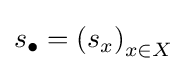
s_{\bullet }=\left(s_{x}\right)_{x\in X}